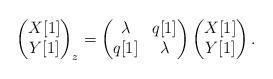
LaTeX: \begin{align*} \begin{pmatrix} X[1] \\Y[1]\end{pmatrix}_{z} =\begin{pmatrix} \lambda & q[1] \\q[1] & \lambda\end{pmatrix}\begin{pmatrix} X[1] \\ Y[1]\end{pmatrix}.\end{align*}